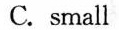
C. small